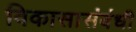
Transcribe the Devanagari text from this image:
विकासासंबंधी